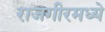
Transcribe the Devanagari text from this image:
राजगीरमध्ये